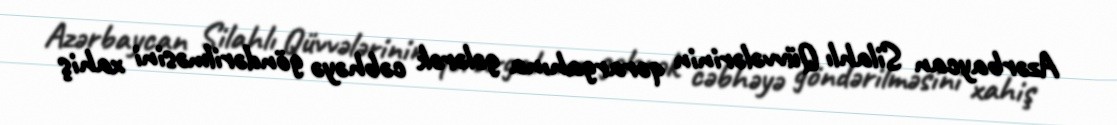
Azərbaycan Silahlı Qüvvələrinin qərargahına gələrək cəbhəyə göndərilməsini xahiş